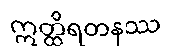
ဣတ္ထိရတနဿ